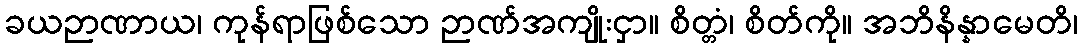
ခယဉာဏာယ၊ ကုန်ရာဖြစ်သော ဉာဏ်အကျိုးငှာ။ စိတ္တံ၊ စိတ်ကို။ အဘိနိန္နာမေတိ၊